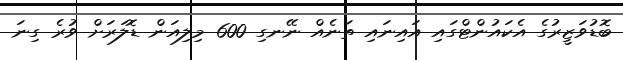
ބޮޑުވަޒީރުގެ އެކައުންޓްގައި އައިނައި ތަނެއް ނޭނގި 600 މިލިއަން ޑޮލަރަށް ވުރެ ގިނަ